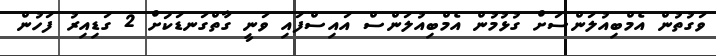
ވަގުތުން އެމްބިއުލަންސަށް ގުޅުމުން އެމްބިއުލަންސް އައިސްފައި ވަނީ ގާތްގަނޑަކަށް 2 ގަޑިއިރު ފަހުން